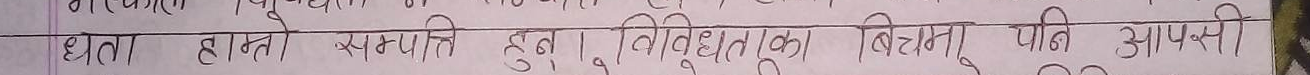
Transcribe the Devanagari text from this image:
धेतो हत्ती सम्पत्ति हुनु विविधताका बीचमा पनि आपसी